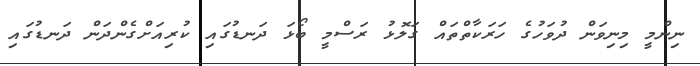
ނިންމީ މިނިވަން ދުވަހުގެ ހަރަކާތްތައް ގަލޮޅު ރަސްމީ ބޯޅަ ދަނޑުގައި ކުރިއަށްގެންދަން ދަނޑުގައި